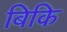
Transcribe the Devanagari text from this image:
बिकि